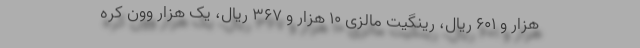
هزار و ۶۰۱ ریال، رینگیت مالزی ۱۰ هزار و ۳۶۷ ریال، یک هزار وون کره